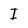
Character: I